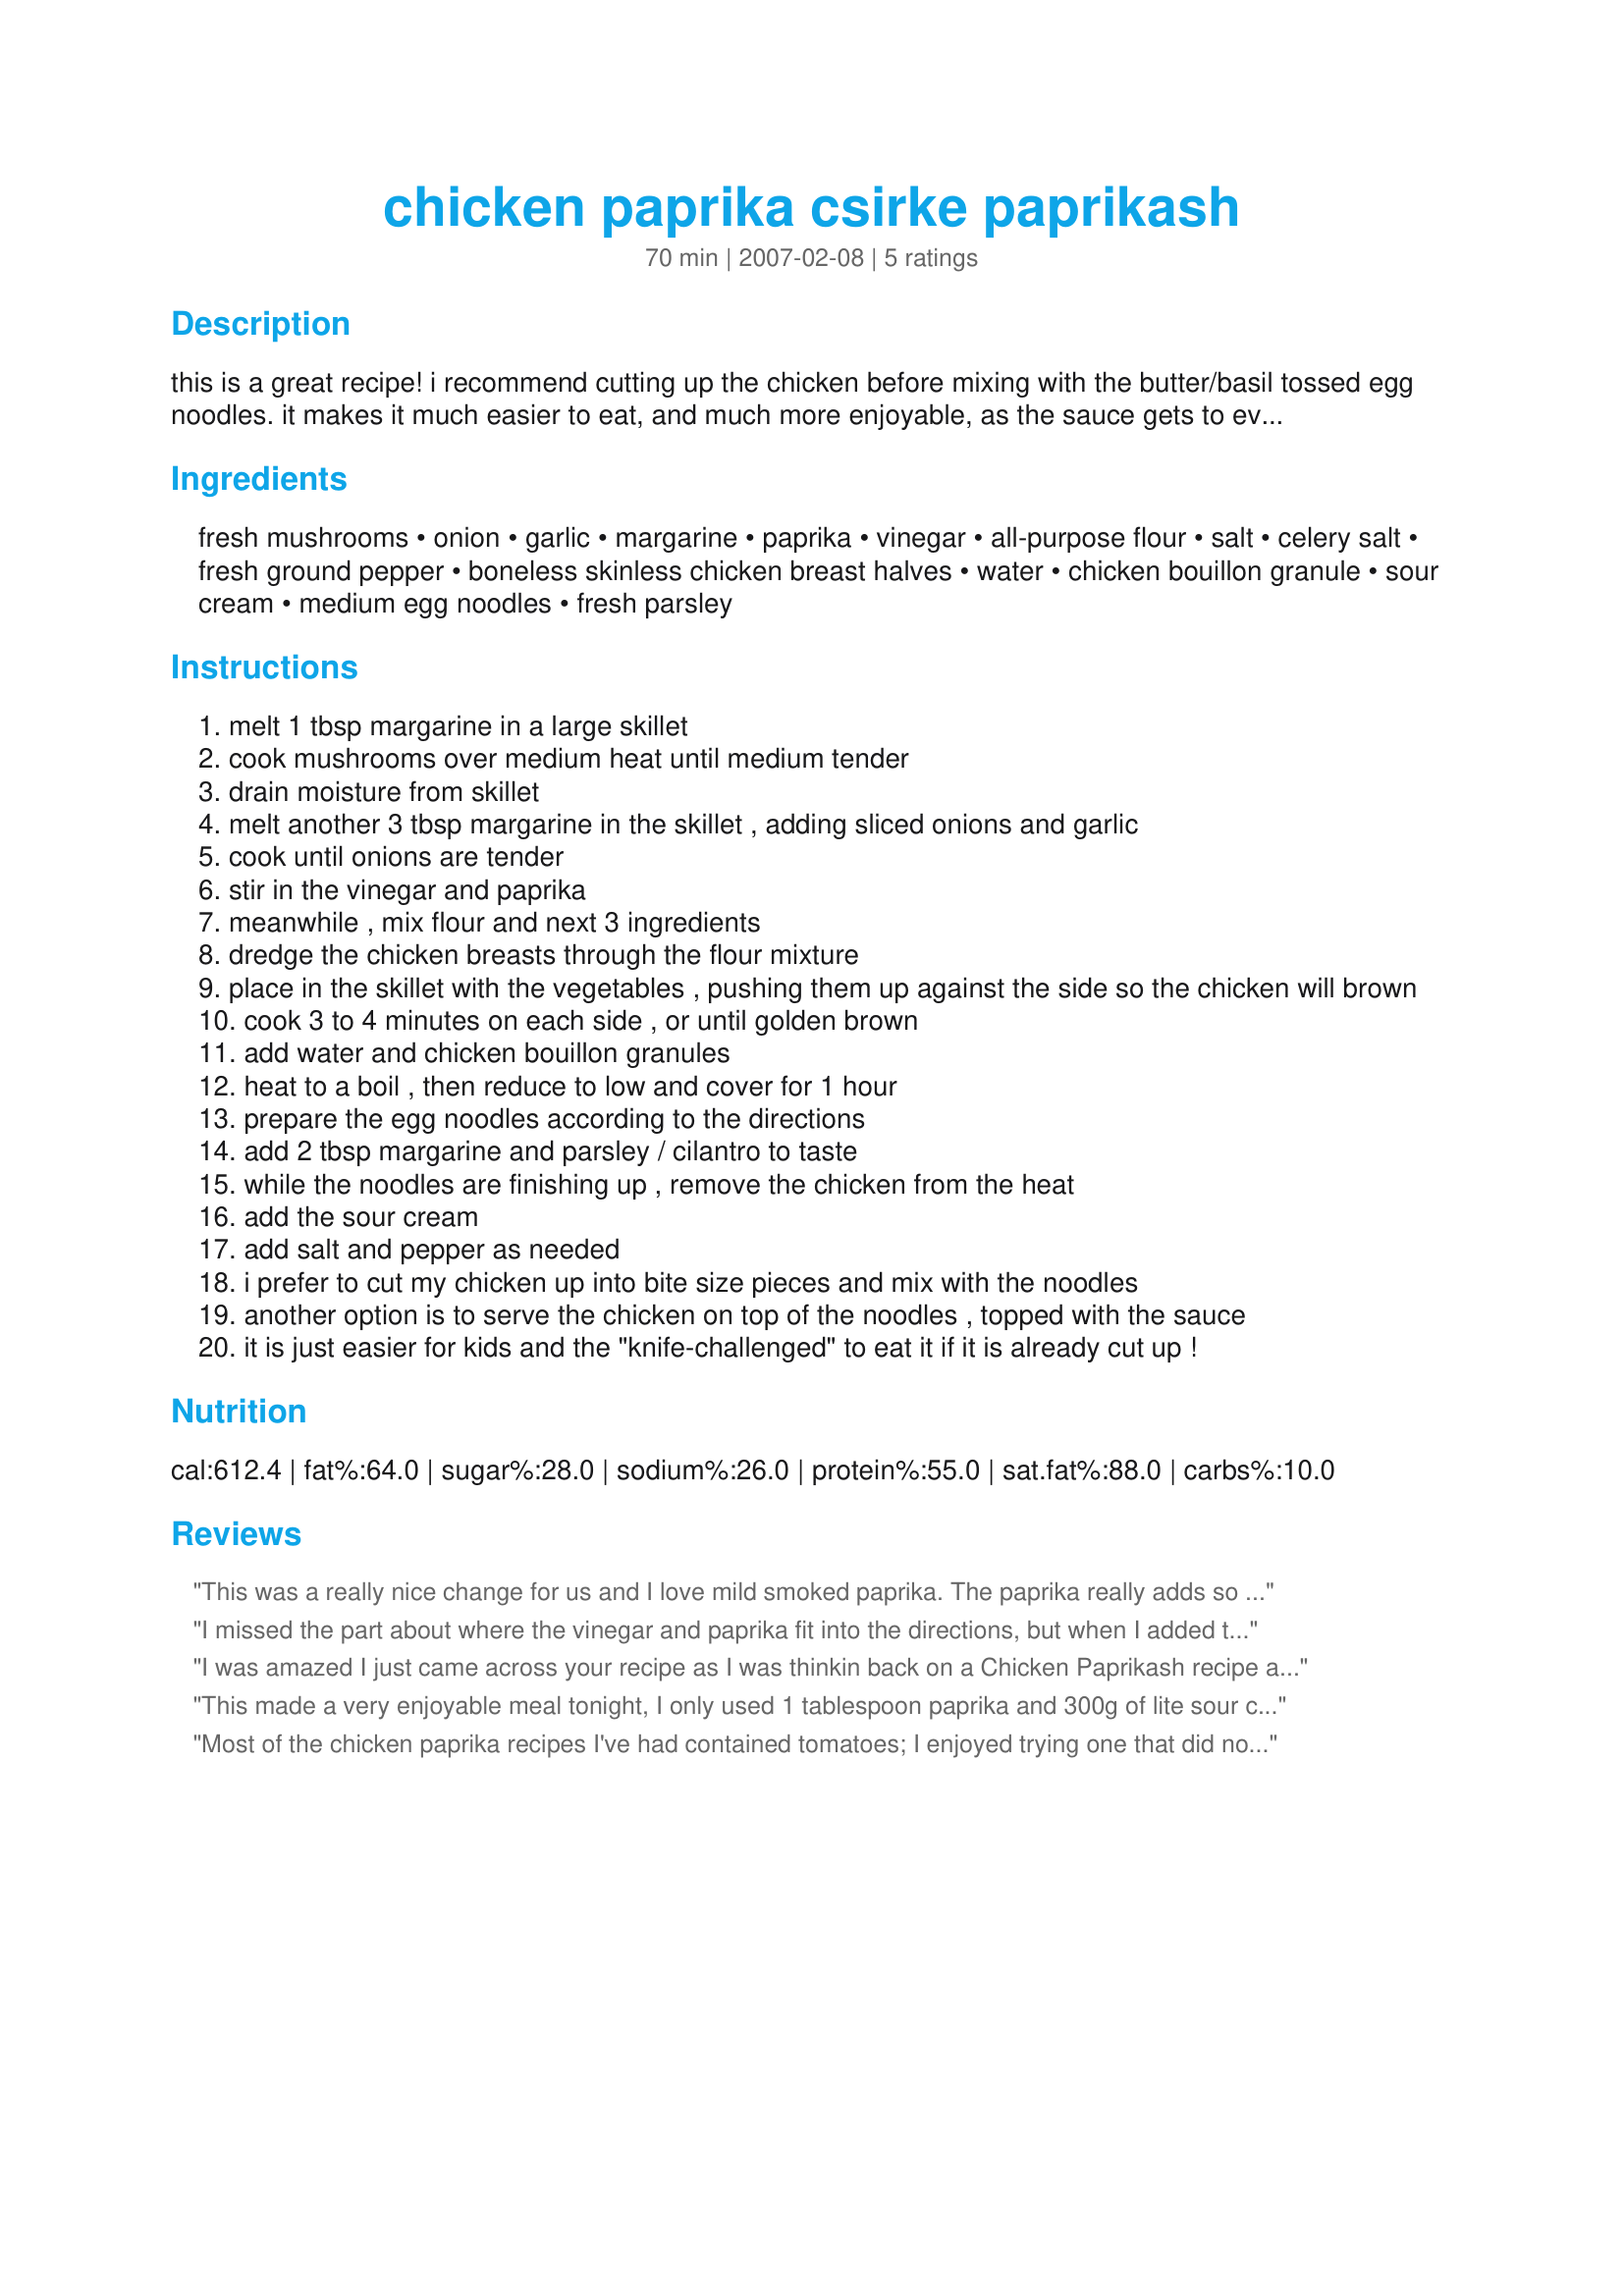
chicken paprika csirke paprikash
Preparation time: 70 minutes

this is a great recipe! i recommend cutting up the chicken before mixing with the butter/basil tossed egg noodles. it makes it much easier to eat, and much more enjoyable, as the sauce gets to every inch of the noodles and chicken! the sauce is extra tasty, so make some good bread to sop up all the sauce! add a wonderful salad and the meal is complete. this recipe is adapted from a recipe from the masonic grand lodge of fargo, north dakota.

Ingredients:
fresh mushrooms, onion, garlic, margarine, paprika, vinegar, all-purpose flour, salt, celery salt, fresh ground pepper, boneless skinless chicken breast halves, water, chicken bouillon granule, sour cream, medium egg noodles, fresh parsley

Steps:
melt 1 tbsp margarine in a large skillet
cook mushrooms over medium heat until medium tender
drain moisture from skillet
melt another 3 tbsp margarine in the skillet , adding sliced onions and garlic
cook until onions are tender
stir in the vinegar and paprika
meanwhile , mix flour and next 3 ingredients
dredge the chicken breasts through the flour mixture
place in the skillet with the vegetables , pushing them up against the side so the chicken will brown
cook 3 to 4 minutes on each side , or until golden brown
add water and chicken bouillon granules
heat to a boil , then reduce to low and cover for 1 hour
prepare the egg noodles according to the directions
add 2 tbsp margarine and parsley / cilantro to taste
while the noodles are finishing up , remove the chicken from the heat
add the sour cream
add salt and pepper as needed
i prefer to cut my chicken up into bite size pieces and mix with the noodles
another option is to serve the chicken on top of the noodles , topped with the sauce
it is just easier for kids and the "knife-challenged" to eat it if it is already cut up !

Reviews:
This was a really nice change for us and I love mild smoked paprika. The paprika really adds so much flavor to the mushrooms and the sour cream really tempers the flavors just enough. Made as directed with the exception of the parsley as I did not have any on hand. Used the egg noodles and served with a side salad. Made for PRMR tag, June, 2013.
I missed the part about where the vinegar and paprika fit into the directions, but when I added the sour cream to the chicken, I sprinkled the paprika on top. I omitted the vinegar. This recipe was a hit! Simple to prepare and rich in flavor and texture, I'll be sure to make this again because others in my family will definitely want more :-)
I was amazed I just came across your recipe as I was thinkin back on a Chicken Paprikash recipe a long lost friend's mother used to make that was soooooo good...She served hers with rice and I do not remember mushrooms being in the recipe (though she may have left them out since I gotta admit I'm not a fan of mushroooms,but...)
Anyhow-I'm glad you posted this as I had lost the recipe that was written down for me (plus she used a pressure cooker and that kinda deterred me from ever making it myself)-but I will definetely try this and will post an actual rating-thanks for sharing.
This made a very enjoyable meal tonight, I only used 1 tablespoon paprika and 300g of lite sour cream instead of 450g but there was still heaps of sauce for us. Also in step 2 I felt 1 hour for the chicken to simmer was way to much for skinless/boneless chicken breasts (each about 230g) and were cooked in 1/2 hour. I served the chicken over curly fettuccine pasta and spooned sauce over the lot. Thank you breezermom, made for Everday is a Holiday.
Most of the chicken paprika recipes I've had contained tomatoes; I enjoyed trying one that did not. It was delicious, very flavorful. I did cut up the chicken, but since our chicken breasts were very large we had a lot left. I don't mind that; I'm looking forward to the leftovers! Thanks for posting!
